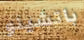
باتشينو